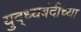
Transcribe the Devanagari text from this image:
युद्ध्यबंदीच्या